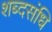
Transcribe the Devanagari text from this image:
शब्दसंधि